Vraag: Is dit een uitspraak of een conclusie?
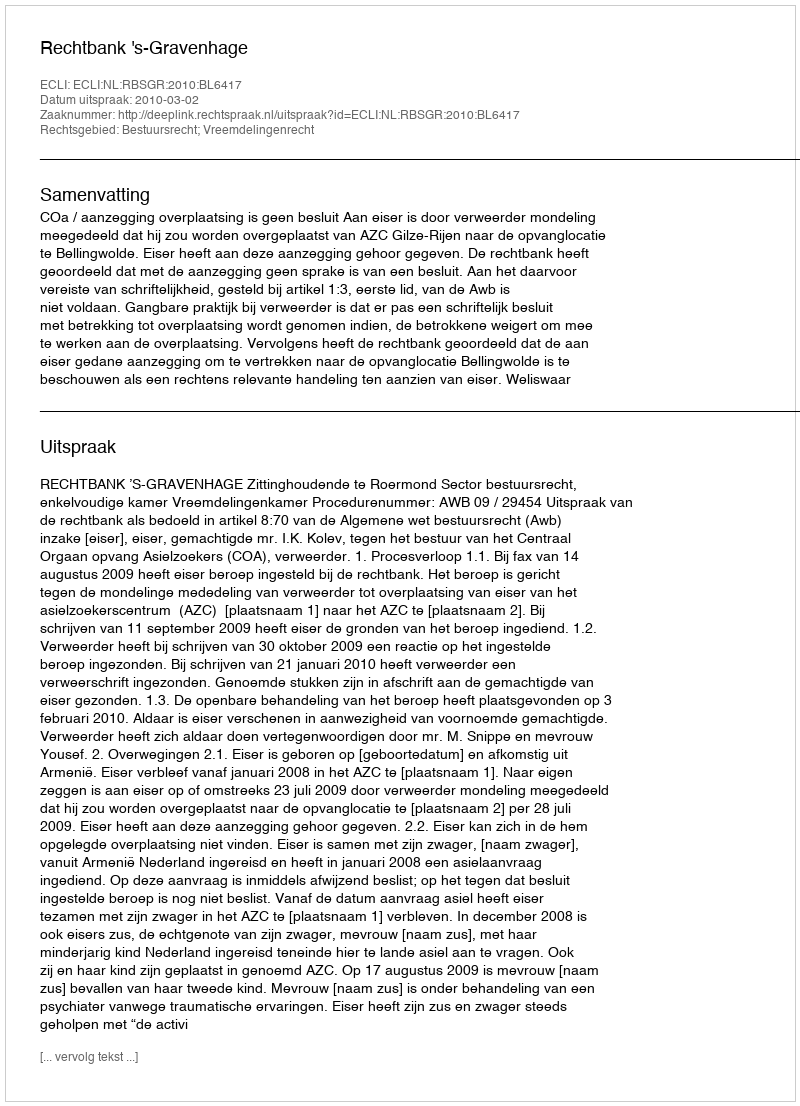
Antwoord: Uitspraak